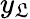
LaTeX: y_{\mathfrak{L}}